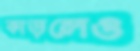
কাড়লেও